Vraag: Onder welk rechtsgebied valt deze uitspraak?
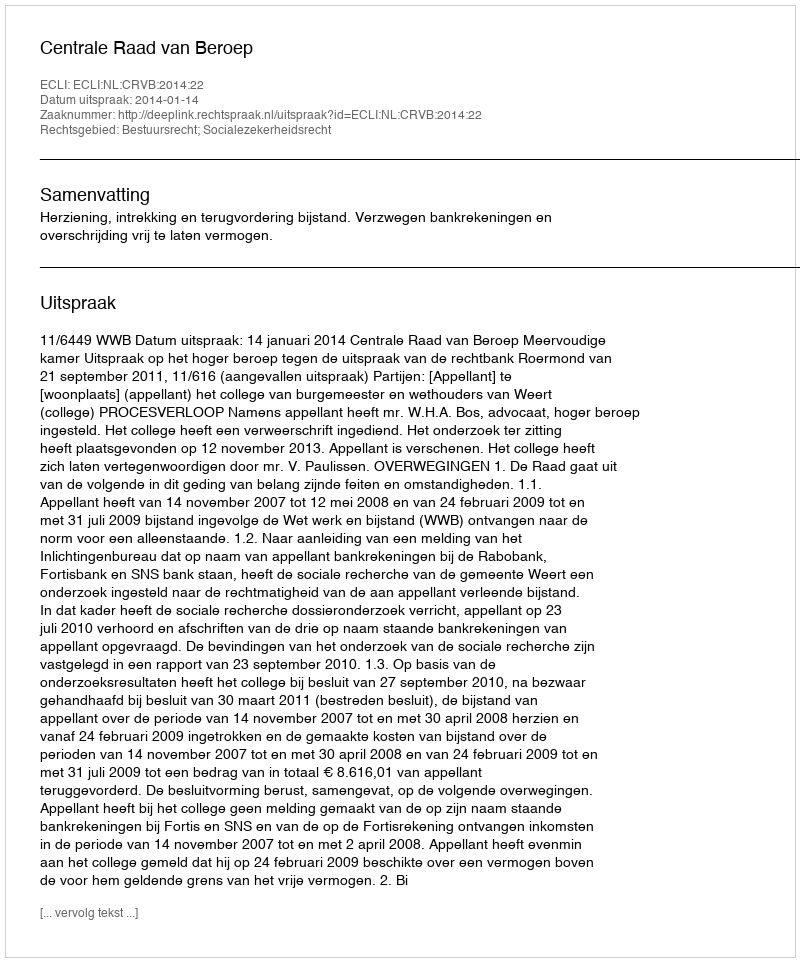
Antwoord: Bestuursrecht; Socialezekerheidsrecht